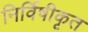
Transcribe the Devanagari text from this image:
निर्विषीकृत